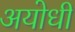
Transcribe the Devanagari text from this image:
अयोधी